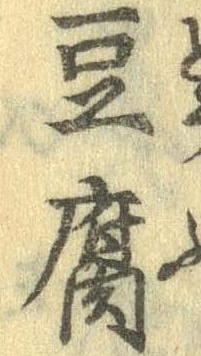
豆腐